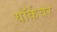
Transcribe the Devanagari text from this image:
यॉर्कवर